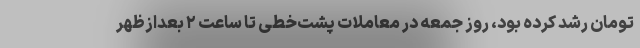
تومان رشد کرده بود، روز جمعه در معاملات پشت‌خطی تا ساعت ۲ بعدازظهر